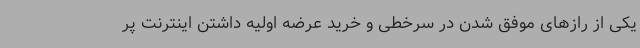
یکی از رازهای موفق شدن در سرخطی و خرید عرضه اولیه داشتن اینترنت پر